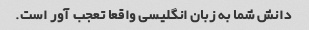
دانش شما به زبان انگلیسی واقعا تعجب آور است.